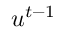
u ^ { t - 1 }